Medical and sanitary report of the native army of Bengal for the year
Year: 1877
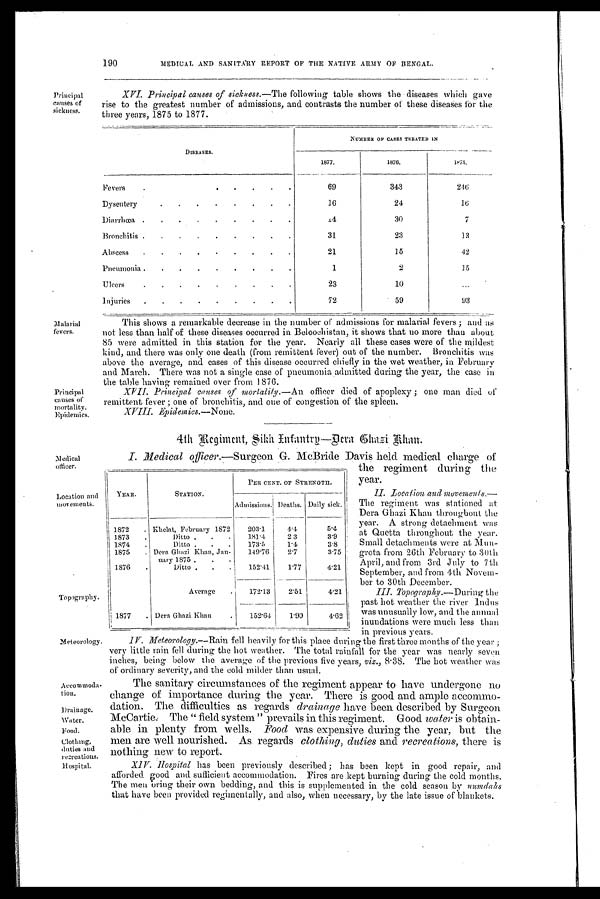
Principal
causes of
sickness.
190
MEDICAL AND SANITARY REPORT OF THE NATIVE ARMY OF BENGAL.
XVI. Principal causes of sickness. —The following table shows the diseases which gave
rise to the greatest number of admissions, and contrasts the number of these diseases for the
three years, 1875 to 1877.
DISEASES.
NUMBER OF CASES TREATED IN
1877.
1876.
l875.
Fevers. . . . .
69
343
2 4 6
Dysentery . . . . . . . .
16
24
1 6
Diarrhœa .
.
.
.
.
.
.
.
.
14
30
7
Bronchitis .
.
.
.
.
.
.
.
.
31
23
13
Abscess
.
.
.
. • . . . .
21
15
42
Pneumonia .
.
.
.
.
.
.
.
.
1
2
15
Ulcers . . . . . . . . .
23
10
. . .
Injuries
.
.
.
.
.
.
.
.
.
72
59
93
Malarial
fevers.
Principal
causes of
mortality.
Epidemics.
This shows a remarkable decrease in the number of admissions for malarial fevers ; and as
not less than half of these diseases occurred in Beloochistan, it shows that no more than about
85 were admitted in this station for the year. Nearly all these cases were of the mildest
kind, and there was only one death (from remittent fever) out of the number. Bronchitis Was
above the average, and cases of this disease occurred chiefly in the wet weather, in February
and March. There was not a single case of pneumonia admitted during the year, the case in
the table having remained over from 1876.
XVII. P rincipal causes of mortality.—An
officer died of apoplexy ; one man died of
remittent fever ; one of bronchitis, and one of congestion of the spleen.
X V I I I . E p i d e m i c s .
— N o n e .
4th Regiment, Sikh Infantry—Dera Chazi khan.
Medical
officer.
Location and
movements.
Topography.
Meteorology.
Accommoda-
tion.
Drainage.
Water.
Food.
Clothing,
duties and
recreations.
Hospital.
I. Medical officer.—Surgeon McBride Davis held medical charge of
the regiment during the
year.
II. Location and movements.—
The regiment was stationed at
Dera Ghazi Khan throughout the
year. A strong detachment was
at Quetta throughout the year.
Small detachments were at Mun-
g rota from 26th February to 30th
April, and from 3rd July to 7th
September, and from 4th Novem-
ber to 30th December.
III. Topography. —During the
past hot weather the river Indus
was unusually low, and the annual
inundations were much less than
i n pr evi ous year s.
YEAR.
STATION.
PER CENT. OF STRENGTH.
Admissions. Deaths. Daily sick.
1872
. Khelat, February 1872
203.1
4.4
5.4
1873
.
Ditto .
.
.
181.4
23
3.9
1874
.
Ditto .
.
.
173.5
1.4
3.8
1875
. Dera Ghazi Khan, Jan-
uary 1875 .
. .
149.76
2.7
3.75
1876
.
Ditto .
.
.
152.41
1.77
4.21
Average
.
172.13
2.51
4.21
1877
. Dera Ghazi Klan
.
152.64
1.90
4.62
IV. Meteorology.—Rain fell heavily for this place during the first three months of the year ;
very little rain fell during the hot weather. The total rainfall for the year was nearly seven
inches, being below the average of the previous five years, viz., 8.38. The hot weather was
of ordinary severity, and the cold milder than usual.
The sanitary circumstances of the regiment appear to have undergone no
change of importance during the year. There is good and ample accommo-
dation. The difficulties as regards drainage have been described by Surgeon
McCartie. The "field system" prevails in this regiment. Good water is obtain-
able in plenty from wells. F ood was expensive during the year, but the
men are well nourished. As regards clothing, duties and recreations, there is
nothing new to report.
XIV. Hospital has been previously described; has been kept in good repair, and
afforded good and sufficient accommodation. Fires are kept burning during the cold months.
T he men bring their own bedding, and this is supplemented in the cold season by numdahs
that have been provided regimentally, and also, when necessary, by the late issue of blankets.